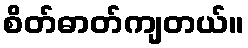
စိတ်ဓာတ်ကျတယ်။